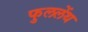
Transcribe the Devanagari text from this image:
फुललेंथ